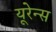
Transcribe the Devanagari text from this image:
यूरेन्स